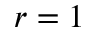
r = 1